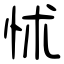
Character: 怵